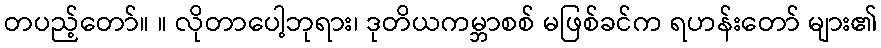
တပည့်တော်။ ။ လိုတာပေါ့ဘုရား၊ ဒုတိယကမ္ဘာစစ် မဖြစ်ခင်က ရဟန်းတော် များ၏